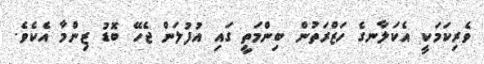
ވެރިކަމަކީ އެކަލާނގެ ހަޒްރަތުން ބިންމަތީ ގައި އުފުލަން ޖެހޭ ބޮޑު ޒިންމާ އެކެވެ.